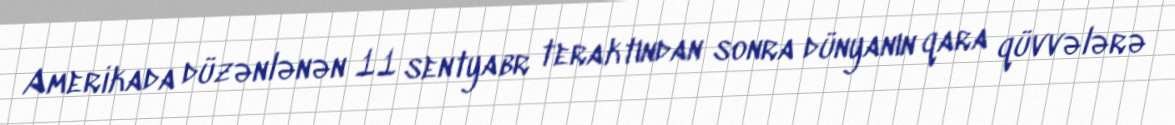
Amerikada düzənlənən 11 sentyabr teraktından sonra dünyanın qara qüvvələrə